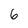
Character: 6